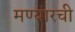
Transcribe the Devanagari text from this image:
मण्यारची